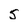
Character: 5